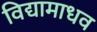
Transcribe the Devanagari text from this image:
विद्यामाधव